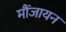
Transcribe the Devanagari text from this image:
मौंजायन